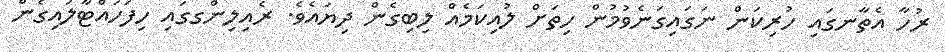
ރުހާ އެތާނގައި ހުރިކަން ނަގައިގަނެވުމުން ހިތަށް ލުއިކަމެއް ލިބިގެން ދިޔައެވެ. ރެއިލިންގގައި ހިފަހައްޓާލައިގެން